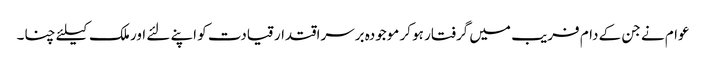
عوام نے جن کے دام فریب میں گرفتار ہو کر موجودہ برسراقتدار قیادت کو اپنے لئے اور ملک کیلئے چنا۔